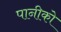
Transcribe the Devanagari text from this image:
पानीको